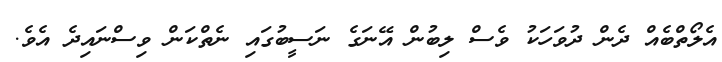
އެލޯތްބެއް ދެން ދުވަހަކު ވެސް ލިބުން އޭނަގެ ނަސީބުގައި ނެތްކަން ވިސްނައިދެ އެވެ.